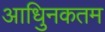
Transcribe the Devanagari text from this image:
आधुिनकतम